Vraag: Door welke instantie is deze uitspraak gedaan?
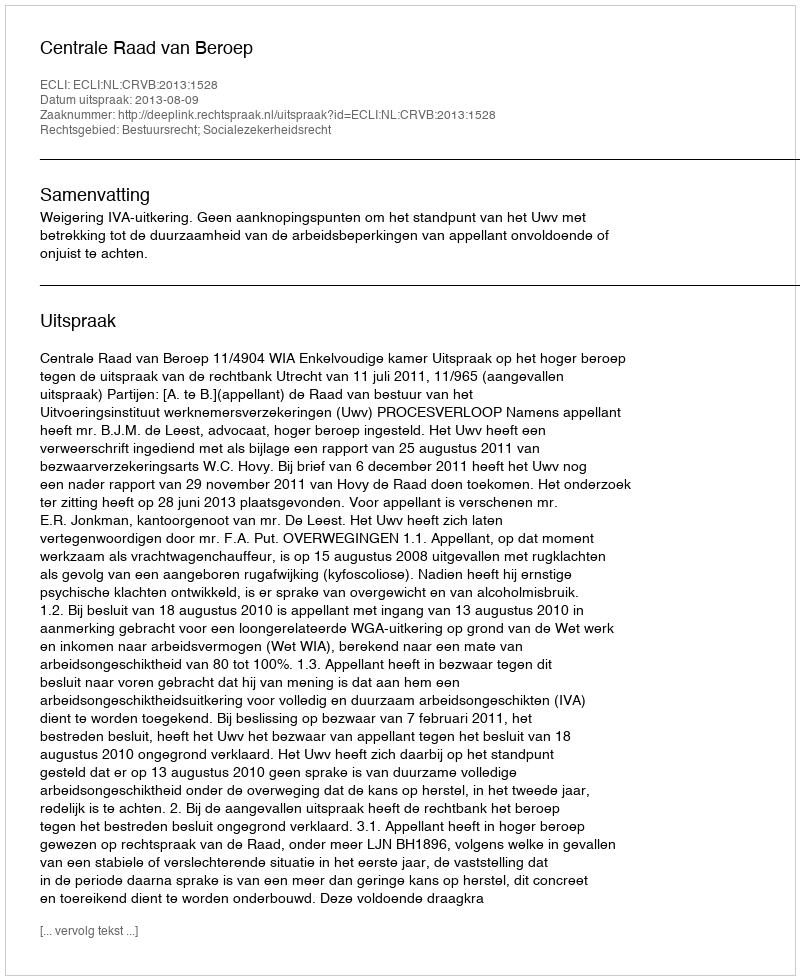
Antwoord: Centrale Raad van Beroep